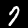
Label: 7